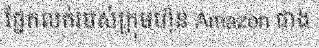
ផ្នែកលក់របស់ក្រុមហ៊ុន Amazon ជាង